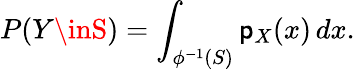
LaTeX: P(Y\inS)=\int_{\phi^{-1}(S)}\mathsf{p}_{X}(x)\, dx.